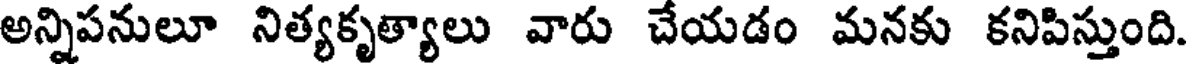
అన్నిపనులూ నిత్యకృత్యాలు వారు చేయడం మనకు కనిపిస్తుంది.